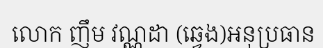
លោក ញឹម វណ្ណដា (ឆ្វេង)អនុប្រធាន